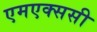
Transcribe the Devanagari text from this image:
एमएक्ससी